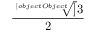
\frac { \sqrt [ [object Object] ] { 3 } } { 2 }